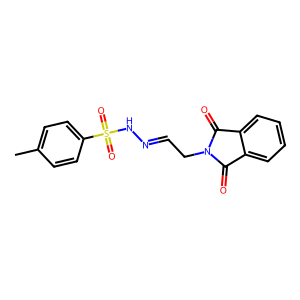
SMILES: Cc1ccc(S(=O)(=O)NN=CCN2C(=O)c3ccccc3C2=O)cc1
Inhibits HIV replication: No